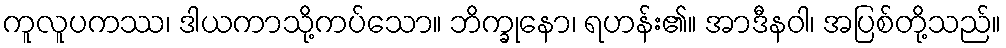
ကူလူပကဿ၊ ဒါယကာသို့ကပ်သော။ ဘိက္ခုနော၊ ရဟန်း၏။ အာဒီနဝါ၊ အပြစ်တို့သည်။